Report of the Hyderabad Chloroform Commission
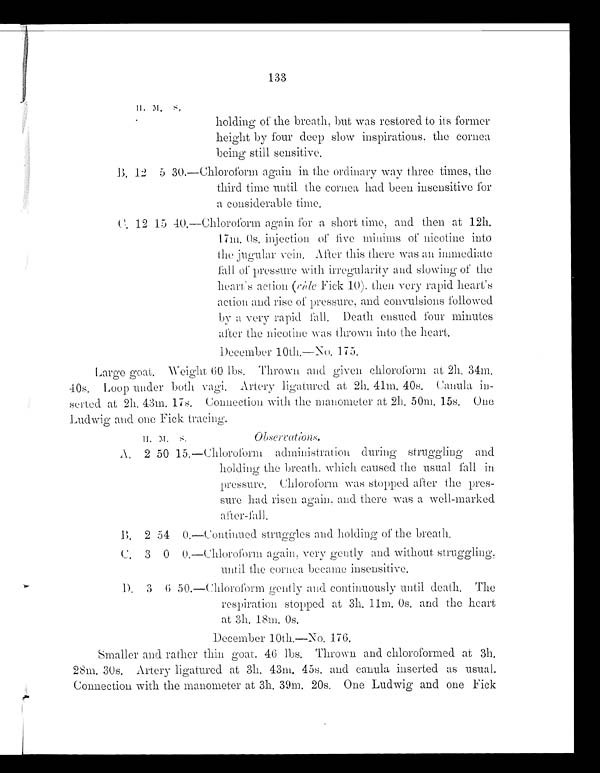
133
H . M . S.
holding of the breath, but was restored to its former
height by four deep slow inspirations, the cornea
being still sensitive.
B . 12 5 30.—Chloroform again in the ordinary way three times, the
third time until the cornea had been insensitive for
a considerable time.
C. 12 15 40.—Chloroform again for a short time, and then at 12h.
17m. 0s. injection of five minims of nicotine into
the jugular vein. After this there was an immediate
fall of pressure with irregularity and slowing of the
heart's action (vide Fick-10), then very rapid heart's
action and rise of pressure, and convulsions followed
by a very rapid fall. Death ensued four minutes
after the nicotine was thrown into the heart.
December 10th.—No. 175.
Large goat. Weight 60 lbs. Thrown and given chloroform at 2h. 34m
. 40s. Loop under both vagi. Artery ligatured at 2h. 41m. 40s. Canula in-
- s e r t e d a t 2 h . 4 3 m . 1 7 s . C o n n e c t i o n w i t h t h e m a n o m e t e r a t 2 h . 5 0 m . 1 5 s . O n e
Ludwig and one Fick tracing.
Observations. H. M . S.
A. 2 50 15.—Chloroform administration during struggling and
holding the breath. which caused the usual fall in
pressure. Chloroform was stopped after the pres-
sure had risen again, and there was a well-marked
alter-fall.
B. 2 54 0.—Continued struggles and holding of the breath.
C . 3 0 0.—Chloroform again, very gently and without, struggling
, until the cornea became insensitive.
D . 3 6 50.—Chloroform gently and continuously until death. The
respiration stopped at 3h. 11m. 0s. and the heart
at 3h. 18m. 0s.
December 10th.—No. 176.
Smaller and rather thin goat. 46 lbs. Thrown and chloroformed at 3h.
28m. 30s. Artery ligatured at 3h. 43m. 45s. and canula inserted as usual.
Connect i on wi t h t he manomet er at 3h. 39m. 20s. One Ludwi g and one Fi ck